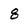
Character: 8